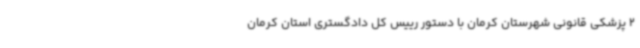
2 پزشکی قانونی شهرستان کرمان با دستور رییس کل دادگستری استان کرمان